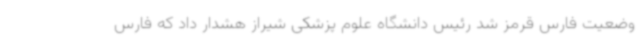
وضعیت فارس قرمز شد رئیس دانشگاه علوم پزشکی شیراز هشدار داد که فارس